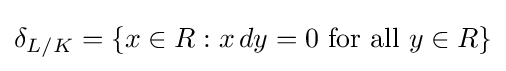
\delta _{L/K}=\{x\in R:x\,dy=0{\text{ for all }}y\in R\}